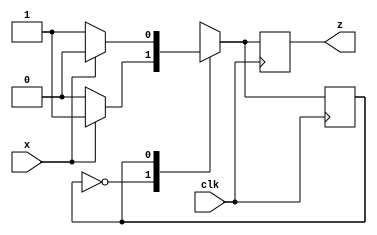
module parity_gen(x , clk , z) ; 
	input x , clk  ; 
	output reg z ; 
	reg even_odd ; 
	parameter EVEN = 0 , ODD = 1 ;

	always @(posedge clk)
		case (even_odd)
			EVEN : begin 
				z <= x ? 1 : 0 ; 
				even_odd <= x ? ODD : EVEN ;
				end 

			ODD : begin
				z <= x ? 0 : 1 ;
				even_odd <= x ? EVEN : ODD ;
				end 

			default : even_odd <= EVEN ; 
		endcase 
endmodule 


// this is same as seen in previous case as excess flipflops will be reqd ..

// module parity_gen(x , cl , z) ; 
// 	input x , clk  ; 
// 	output regz ; 
// 	reg even_odd ; 
// 	parameter EVEN = 0 , ODD = 1 ;

// 	always @(posedge clk)
// 		case (even_odd)
// 			EVEN : even__odd <= x ? ODD : EVEN ;
// 			ODD : even_odd <= x ? EVEN : ODD ;
// 			default : even_odd <= EVEN ; 
// 		endcase 

// 	always @(even__odd)
// 		case(even_odd)
// 			EVEN : z=0 ; 
// 			ODD : z=1 ; 
// 		endcase
// endmodule